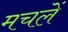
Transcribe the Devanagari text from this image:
मचलें